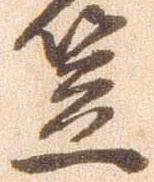
笠